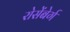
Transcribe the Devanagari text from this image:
रोसेंबेर्ग